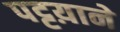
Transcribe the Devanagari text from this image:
पट्टय़ाने